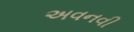
અવનવી